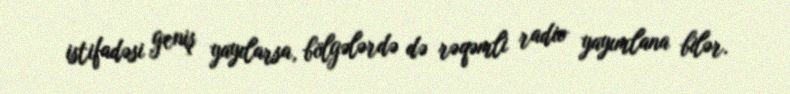
istifadəsi geniş yayılarsa, bölgələrdə də rəqəmli radio yayımlana bilər.